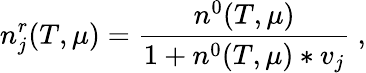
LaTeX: n_{j}^{r}(T,\mu)=\frac{n^{0}(T,\mu)}{1+n^{0}(T,\mu)\ast v_{j}}~,